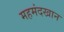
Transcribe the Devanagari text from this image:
महमंदखान